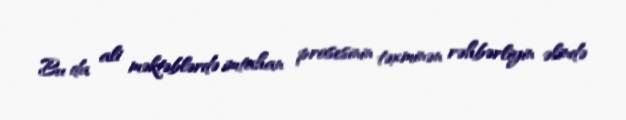
Bu da ali məktəblərdə imtahan prosesinin təxminən rəhbərliyin əlində